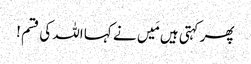
پھر کہتی ہیں مَیں نے کہا اللہ کی قسم !